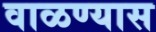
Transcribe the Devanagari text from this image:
वाळण्यास